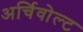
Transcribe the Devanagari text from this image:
अर्चिवोल्ट